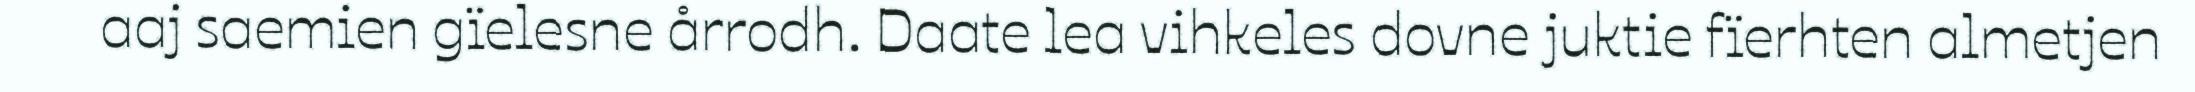
aaj saemien gïelesne årrodh. Daate lea vihkeles dovne juktie fïerhten almetjen